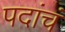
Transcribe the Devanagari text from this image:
पदांचं